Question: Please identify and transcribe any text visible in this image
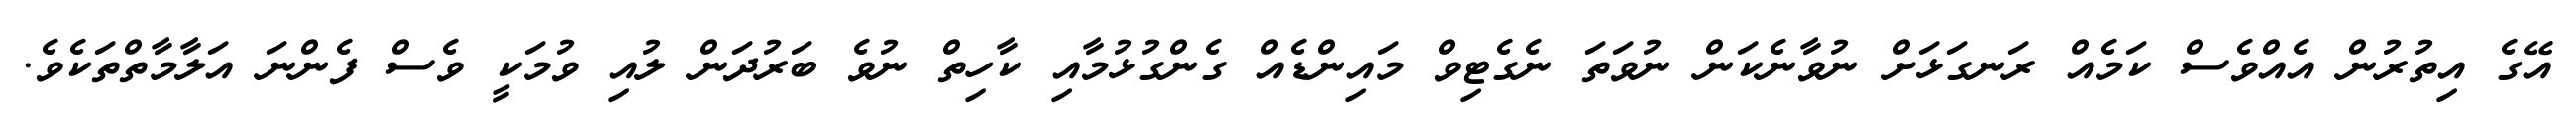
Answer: އޭގެ އިތުރުން އެއްވެސް ކަމެއް ރަނގަޅަށް ނުވާނެކަން ނުވަތަ ނެގެޓިވް މައިންޑެއް ގެންގުޅުމާއި ކާހިތް ނުވެ ބަރުދަން ލުއި ވުމަކީ ވެސް ފެންނަ އަލާމާތްތަކެވެ.